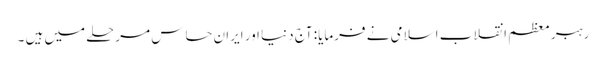
رہبر معظم انقلاب اسلامی نے فرمایا: آج دنیا اور ایران حساس مرحلے میں ہیں ۔